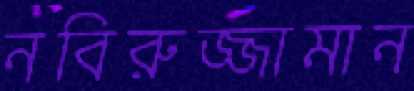
নবিরুজ্জামান